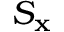
S _ { \mathbf { x } }